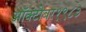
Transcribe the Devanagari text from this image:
ऑक्‍टोबर१९८३